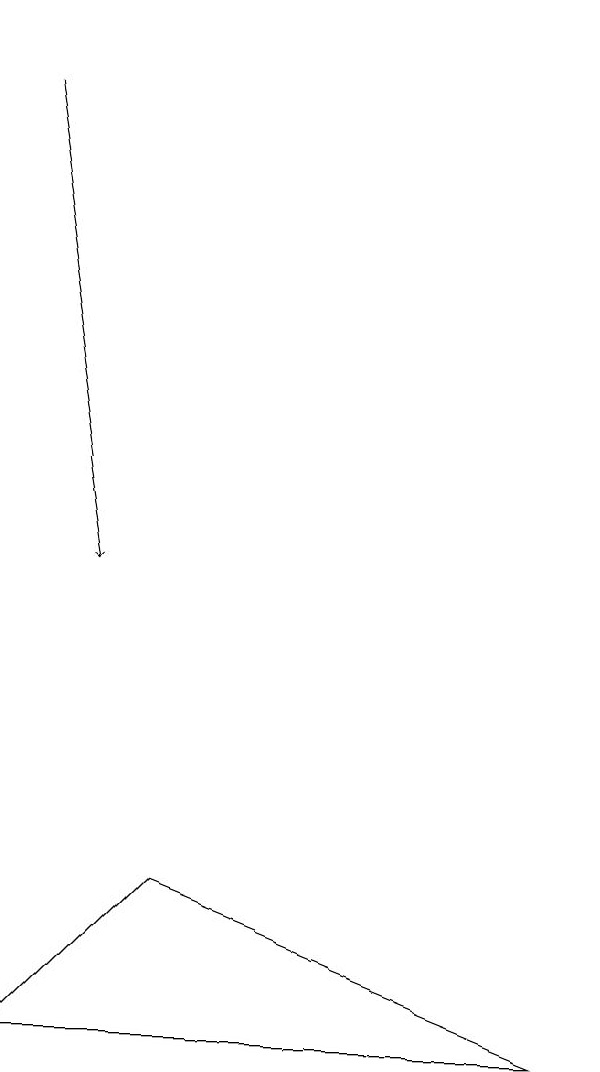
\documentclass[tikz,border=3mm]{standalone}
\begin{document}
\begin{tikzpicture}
\draw[->] (7,17) -- (7,16);
\draw (0,4) -- (2,6) -- (7,4) -- cycle;
\draw[->] (0,16) -- (1,10);
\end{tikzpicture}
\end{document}